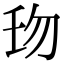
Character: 𠣔